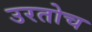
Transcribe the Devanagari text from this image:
उरतोच